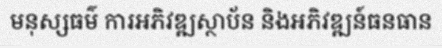
មនុស្សធម៌ ការអភិវឌ្ឍស្ថាប័ន និងអភិវឌ្ឍន៍ធនធាន